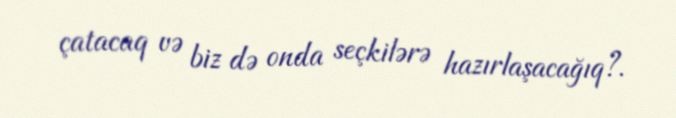
çatacaq və biz də onda seçkilərə hazırlaşacağıq?.